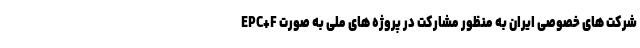
شرکت های خصوصی ایران به منظور مشارکت در پروژه های ملّی به صورت EPC+F